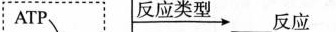
ATP \xrightarrow{反应类型} 反应